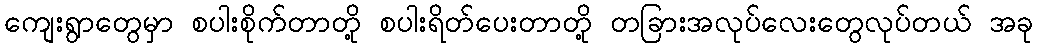
ကျေးရွာတွေမှာ စပါးစိုက်တာတို့ စပါးရိတ်ပေးတာတို့ တခြားအလုပ်လေးတွေလုပ်တယ် အခု